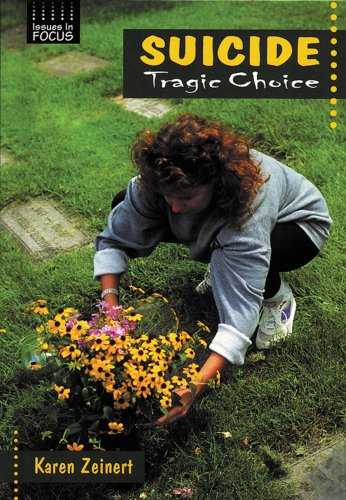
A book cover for Suicide: Tragic Choice (Issues in Focus); Karen Zeinert; Teen & Young Adult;